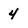
Character: 4